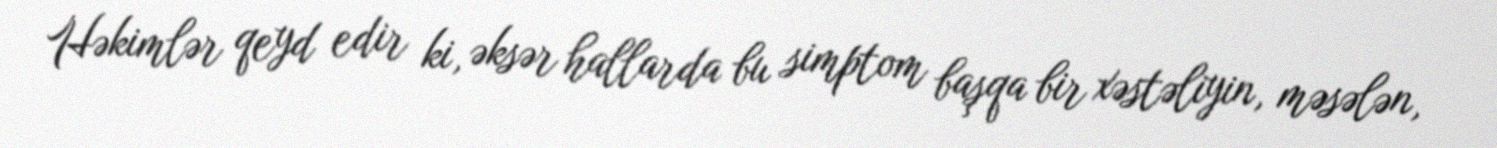
Həkimlər qeyd edir ki, əksər hallarda bu simptom başqa bir xəstəliyin, məsələn,